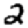
Digit: 2